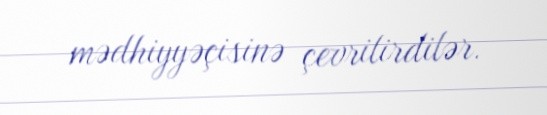
mədhiyyəçisinə çevrilirdilər.